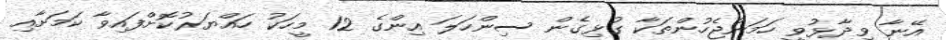
އޭނާ ވިދާޅުވީ ހަމަނުޖެހުންތަކާ ގުޅިގެން ސިންހަލަ އިންގެ 12 މީހަކު ހައްޔަރުކޮށްފައިވާ ކަމަށާއި